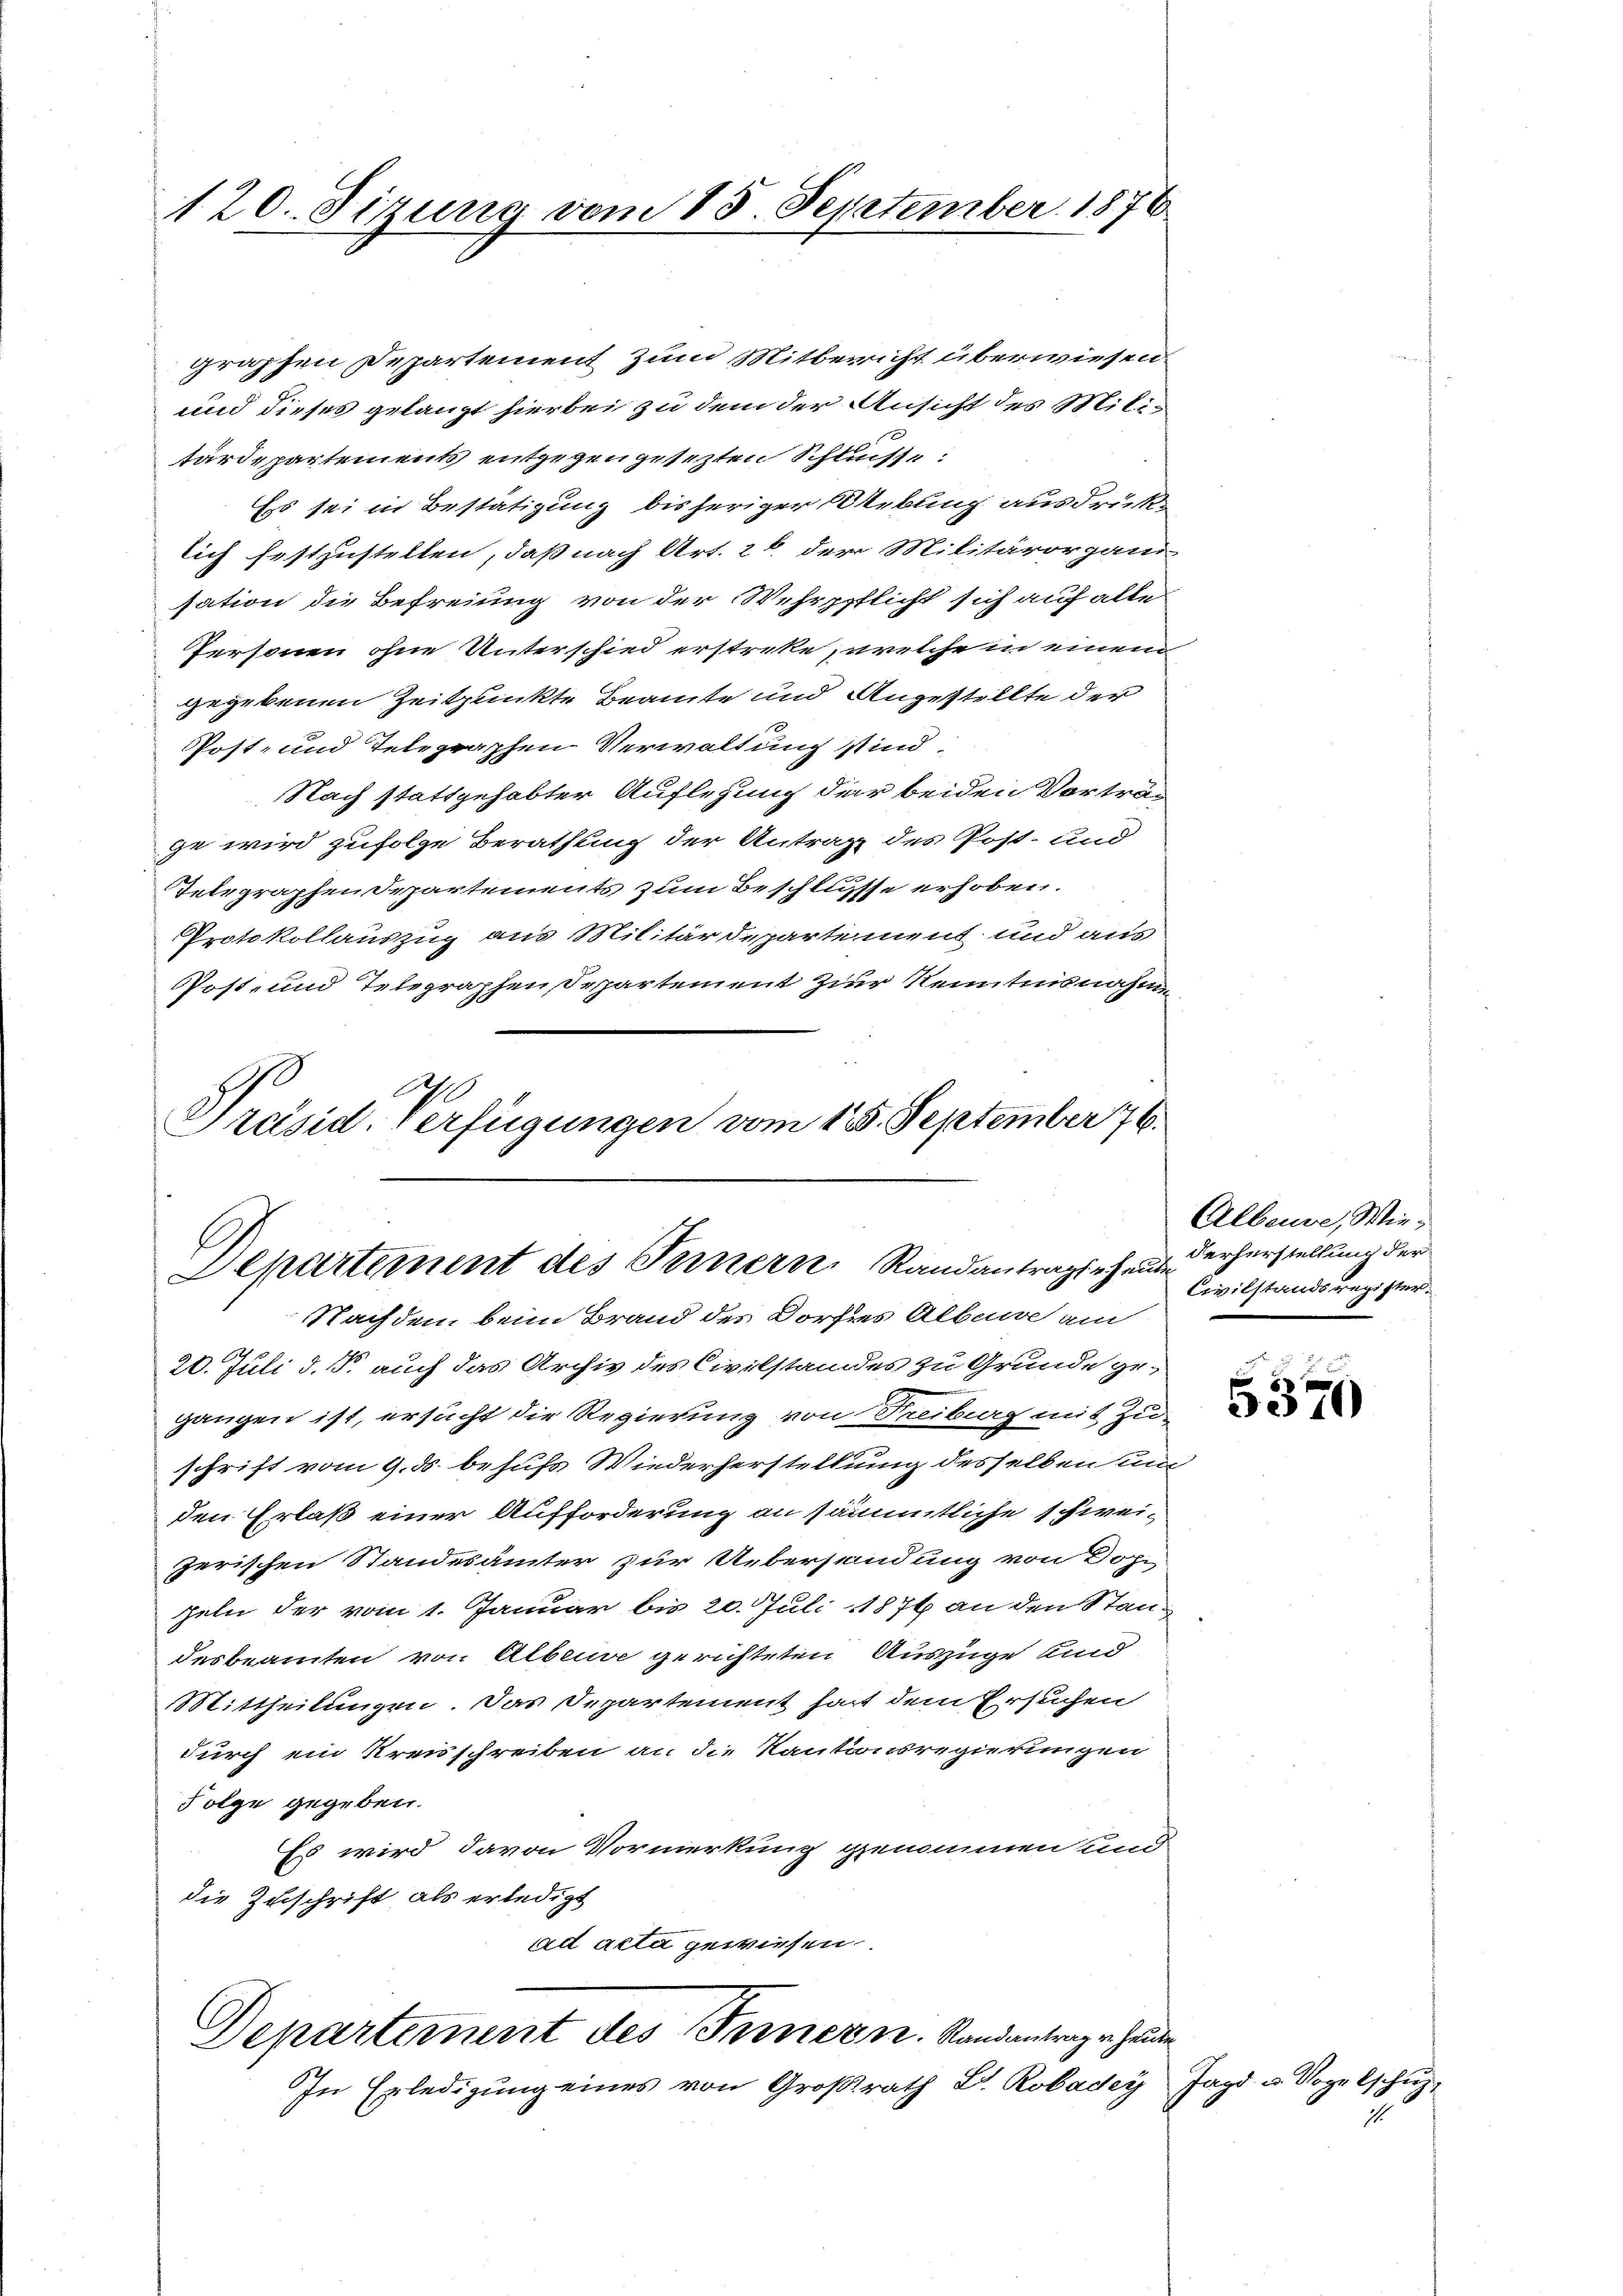
120. Sizung vom 15. September 1876

graphen Departement zum Mitbericht überwiesen.
und dieses gelangt hierbei zu dem der Ansicht des Militärdepartements entgegen gesezten Schlusse:
Ess sei in Bestätigung bisheriger Werbung ausdrüke
lich festzustellen, daß nach Art. 26. der Militärorgani-
sation die Befreiung von der Wehrpflicht sich auf alte
Personen ohne Unterschied erstreke, welche in einem
gegebenen Zeitpunkte Beamte und Angestellte der
Post- und Telegraphen Verwaltung sind,
Nach stattgehabter Auflegung der beiden Vorträge wird zufolge Berathung der Antrag des Post- und
Telegraphen Departements zum Beschlusse erhoben.
Protokollauszug aus Militärdepartement und aus
Post- und Telegraphen Departement zur Kenntnisnahm
1
A
Präsid. Verfügungen vom 15. September 76.

Departement des Ternern Randantragsehen, erherstellung der
Nachdem beim Brand des Dorfes Albawe am

20. Juli d. J. auch das Archiv des Civilstandes zu Grunde gegangen ist, ersucht die Regierung von Reiburg mit Zuschrift vom 9. ds. behufs Wiederherstellung desselben um
den Erlaß einer Aufforderung an sämmtliche schwei-
zerischen Standesämter zur Uebersendung von Dopzeln der vom 1. Januar bis 20. Juli 1874 an den Standesbeamten von Alberge gerichteten Auszüge und
Mittheilungen. Das Departement hat dem Ersuchen
durch ein Kreisschreiben an die Kautionsregierungen
Folge gegeben.
Es wird davon Vormerkung genommen und
die Zuschrift als erledigt
ad acta gewiesen.

Departement des Fernern. Randantrag er handen

In Erledigung eines von Großrath Dr. Robadey Jagd u. Vogelschŭz¬

Albeuve, Wie¬
Civilstandsregister.

5370

u